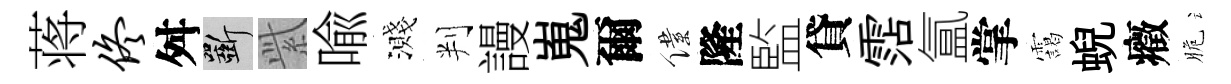
蒋佟舛斫𬗋喩濺判謾嵬爾僕隆監貸霑氲掌靄蜺癥脆